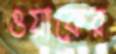
ওয়াকের